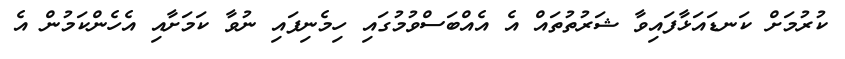
ކުރުމަށް ކަނޑައަޅާފައިވާ ޝަރުތުތައް އެ އެއްބަސްވުމުގައި ހިމެނިފައި ނުވާ ކަމަށާއި އެހެންކަމުން އެ